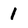
Character: 1